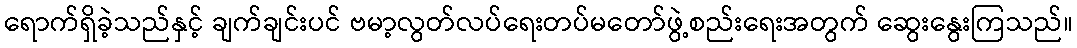
ရောက်ရှိခဲ့သည်နှင့် ချက်ချင်းပင် ဗမာ့လွတ်လပ်ရေးတပ်မတော်ဖွဲ့စည်းရေးအတွက် ဆွေးနွေးကြသည်။